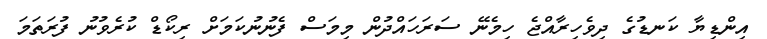
އިންޑިޔާ ކަނޑުގެ ދިވެހިރާއްޖެ ހިމެނޭ ސަރަހައްދުން މިމަސް ފެނުނުކަމަށް ރިކޯޑް ކުރެވުނު ފުރަތަމަ